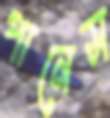
পানেস